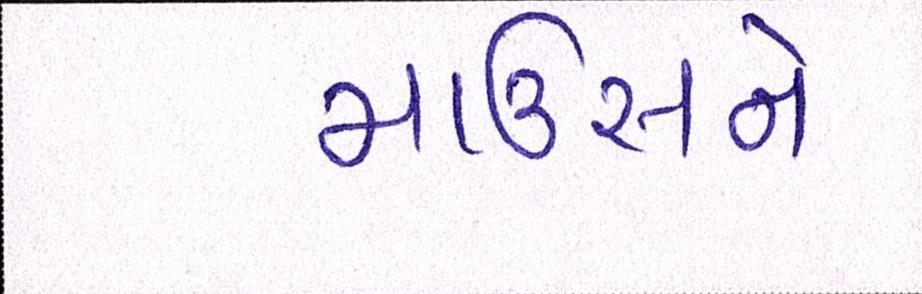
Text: માઉસને